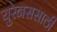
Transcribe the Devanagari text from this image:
युरेनससाठी